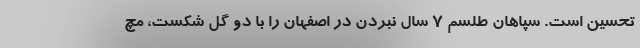
تحسین است. سپاهان طلسم 7 سال نبردن در اصفهان را با دو گل شکست، مچ